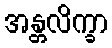
အန္တလိက္ခာ